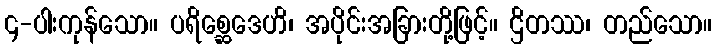
၄-ပါးကုန်သော။ ပရိစ္ဆေဒေဟိ၊ အပိုင်းအခြားတို့ဖြင့်။ ဌိတဿ၊ တည်သော။